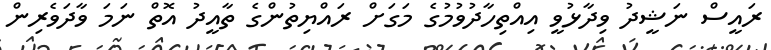
ރައީސް ނަޝީދު ވިދާޅުވީ އިއްތިހާދުވުމުގެ މަގަށް ރައްޔިތުންގެ ތާއީދު އޮތް ނަމަ ވާދަވެރިން